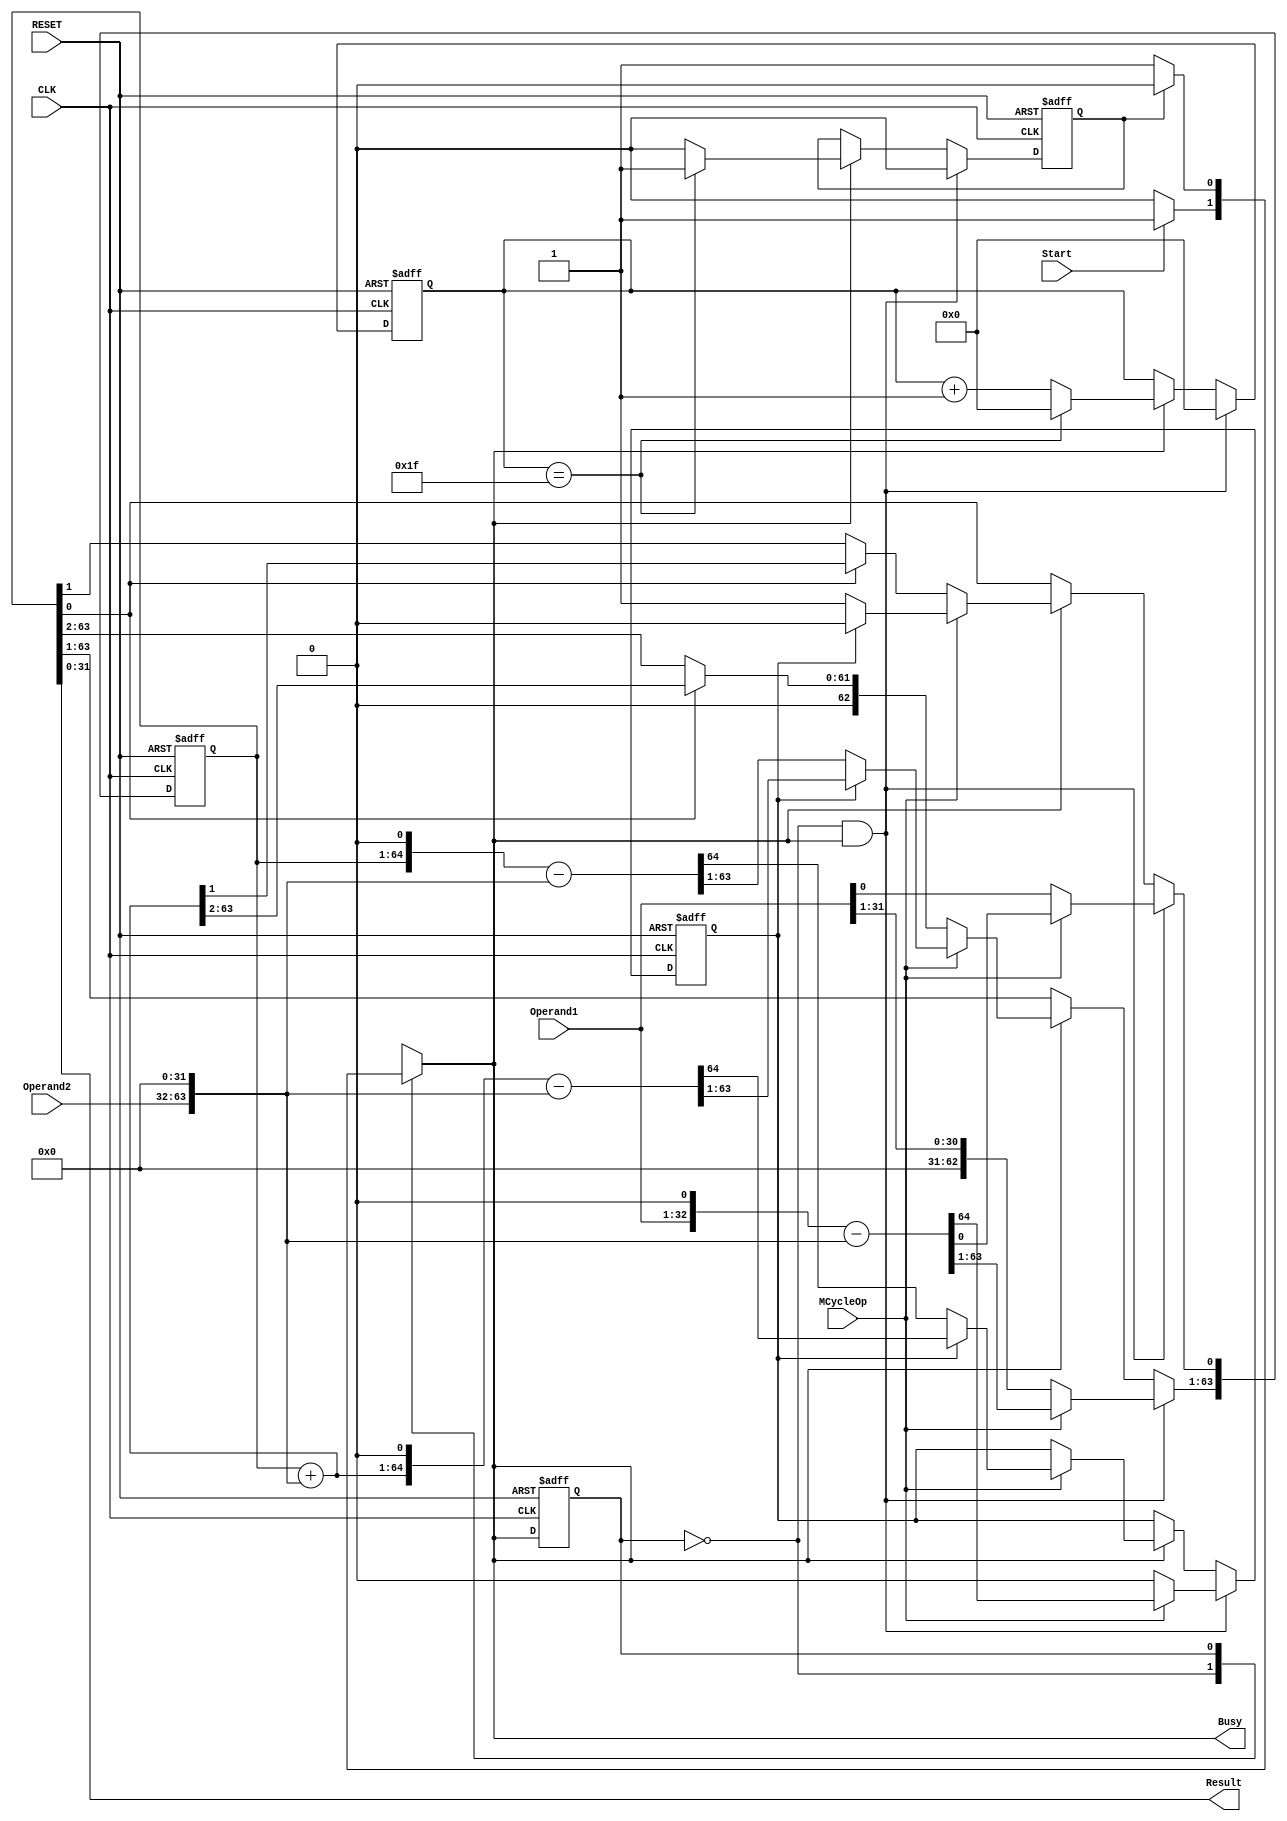
/* MCYCLE: MUL DIV */
module MCycle
    #(parameter width = 32) // 32-bits for ARMv3
    (
        input CLK,   // Connect to CPU clock
        input RESET, // Connect to the reset of the ARM processor.
        input Start, // Multi-cycle Enable. The control unit should assert this when MUL or DIV instruction is detected.
        input MCycleOp, // Multi-cycle Operation. "0" for unsigned multiplication, "1" for unsigned division. Generated by Control unit.
        input [width-1:0] Operand1, // Multiplicand / Dividend
        input [width-1:0] Operand2, // Multiplier / Divisor
        output [width-1:0] Result,  //For MUL, assign the lower-32bits result; For DIV, assign the quotient.
        output reg Busy // Set immediately when Start is set. Cleared when the Results become ready. This bit can be used to stall the processor while multi-cycle operations are on.
    );

    localparam IDLE = 1'b0;
    localparam COMPUTING = 1'b1;
    reg state, n_state;
    reg Done;
    // state machine
    always @(posedge CLK or posedge RESET) begin
        if (RESET)
            state <= IDLE;
        else
            state <= n_state;
    end

    always @(*) begin
        case(state)
            IDLE: begin
                if(Start) begin
                    n_state = COMPUTING;
                    Busy = 1'b1;
                end
                else begin
                    n_state = IDLE;
                    Busy = 1'b0;
                end
            end
            COMPUTING: begin
                if(~Done) begin
                    n_state = COMPUTING;
                    Busy = 1'b1;
                end
                else begin
                    n_state = IDLE;
                    Busy = 1'b0;
                end
            end
        endcase
    end

    reg [5:0] count = 0; // assuming no computation takes more than 64 cycles.
    reg [2*width-1:0] temp_sum = 0;
    reg sign = 0;

    // Multi-cycle Multiplier & divider
    always@(posedge CLK or posedge RESET) begin: COMPUTING_PROCESS // process which does the actual computation
        if(RESET) begin
            count <= 0 ;
            temp_sum <= 0;
            Done <= 0;
            sign <= 0;
        end
        // state: IDLE
        else if(state == IDLE && n_state == COMPUTING) begin
            count <= 0;
            Done <= 0;
            if(~MCycleOp) 
                {sign,temp_sum} <= {1'b0,{width{1'b0}},Operand1};
            else
                {sign,temp_sum} <= ({1'b0,{width{1'b0}},Operand1} << 1) - {1'b0,Operand2,{width{1'b0}}};        
            // else IDLE->IDLE: registers unchanged
        end
        // state: COMPUTING
        else if(n_state == COMPUTING) begin
            if(~MCycleOp) begin // Multiply operation
                if(count == width-1) begin
                    Done <= 1'b1;
                    count <= 0;
                end
                else begin
                    Done <= 1'b0;
                    count <= count + 1;
                end
                if(temp_sum[0])
                    temp_sum <= (temp_sum + {Operand2, {width{1'b0}}}) >> 1;
                else
                    temp_sum <= temp_sum >> 1;
            end
            // Multiplier end
            else begin // Divide operation
                if(count == width-1) begin
                    Done <= 1'b1;
                    count <= 0;
                end
                else begin
                    Done <= 1'b0;
                    count <= count + 1;
                end
                if (!sign) begin // remainder >= 0
                    {sign,temp_sum} <= ({sign,temp_sum} << 1) - {1'b0,Operand2,{width{1'b0}}};
                    temp_sum[0] <= 1'b1;
                end
                else begin // remainder < 0
                    {sign,temp_sum} <= (({sign,temp_sum} + {1'b0,Operand2,{width{1'b0}}}) << 1) - {1'b0,Operand2,{width{1'b0}}};
                    temp_sum[0] <= 1'b0;
                end
            end
        end
        // else COMPUTING->IDLE: registers unchanged
    end

    assign Result = temp_sum[width-1:0];

endmodule